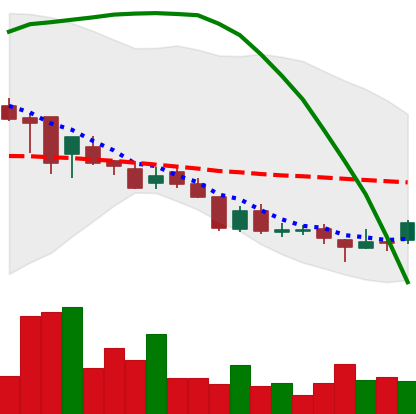
Ticker: DOGE-USD
Chart end date: 2018-08-17
Forward return: -5.703%
Label: down_5_7